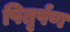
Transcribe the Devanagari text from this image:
पितृर्पण